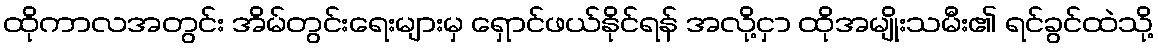
ထိုကာလအတွင်း အိမ်တွင်းရေးများမှ ရှောင်ဖယ်နိုင်ရန် အလို့ငှာ ထိုအမျိုးသမီး၏ ရင်ခွင်ထဲသို့